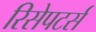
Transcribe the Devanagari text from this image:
रिसेपटर्स